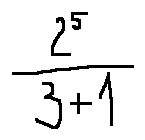
\frac { 2 ^ { 5 } } { 3 + 1 }